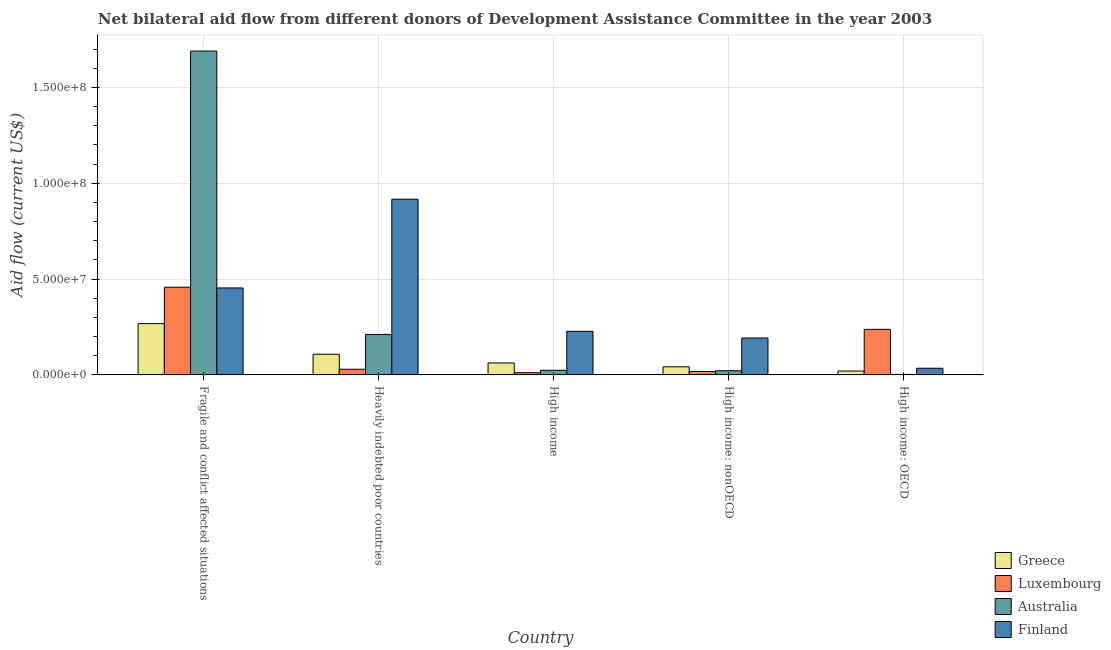
| Country | Greece | Luxembourg | Australia | Finland |
 | --- | --- | --- | --- | --- |
 | Fragile and conflict affected situations | 2.68e+07 | 4.58e+07 | 1.69e+08 | 4.54e+07 |
 | Heavily indebted poor countries | 1.08e+07 | 2.95e+06 | 2.11e+07 | 9.17e+07 |
 | High income | 6.24e+06 | 1.17e+06 | 2.42e+06 | 2.27e+07 |
 | High income: nonOECD | 4.22e+06 | 1.78e+06 | 2.17e+06 | 1.93e+07 |
 | High income: OECD | 2.02e+06 | 2.38e+07 | 2.5e+05 | 3.47e+06 |